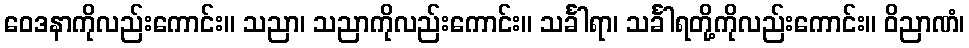
ဝေဒနာကိုလည်းကောင်း။ သညာ၊ သညာကိုလည်းကောင်း။ သင်္ခါရာ၊ သင်္ခါရတို့ကိုလည်းကောင်း။ ဝိညာဏံ၊